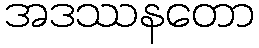
အဒဿနတော